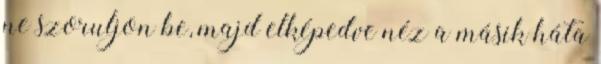
ne szoruljon be, majd elképedve néz a másik háta